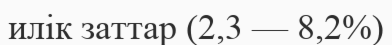
илік заттар (2,3 — 8,2%)